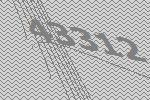
43312